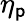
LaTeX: \eta_{\mathsf{p}}